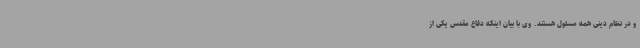
و در نظام دینی همه مسئول هستند. وی با بیان اینکه دفاع مقدس یکی از